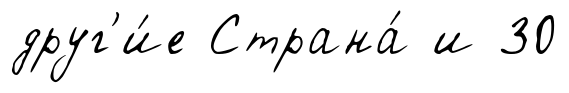
друг'и́е Страна́ и 30